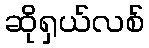
ဆိုရှယ်လစ်